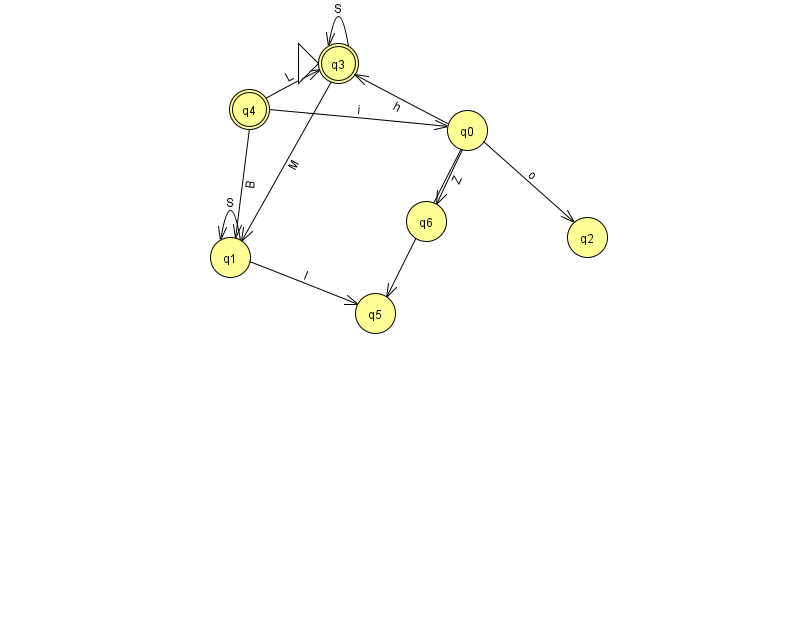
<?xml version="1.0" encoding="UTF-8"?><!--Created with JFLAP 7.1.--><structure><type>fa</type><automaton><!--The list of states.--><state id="0" name="q0"><x>467.0</x><y>117.0</y></state><state id="1" name="q1"><x>230.0</x><y>244.0</y></state><state id="2" name="q2"><x>587.0</x><y>224.0</y></state><state id="3" name="q3"><x>338.0</x><y>50.0</y><initial/><final/></state><state id="4" name="q4"><x>249.0</x><y>96.0</y><final/></state><state id="5" name="q5"><x>375.0</x><y>300.0</y></state><state id="6" name="q6"><x>426.0</x><y>208.0</y></state><!--The list of transitions.--><transition><from>1</from><to>1</to><read>S</read></transition><transition><from>3</from><to>3</to><read>S</read></transition><transition><from>3</from><to>1</to><read>M</read></transition><transition><from>0</from><to>6</to><read>Z</read></transition><transition><from>0</from><to>5</to><read>C</read></transition><transition><from>1</from><to>5</to><read>l</read></transition><transition><from>4</from><to>0</to><read>i</read></transition><transition><from>4</from><to>3</to><read>L</read></transition><transition><from>0</from><to>2</to><read>o</read></transition><transition><from>4</from><to>1</to><read>B</read></transition><transition><from>0</from><to>3</to><read>h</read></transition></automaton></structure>